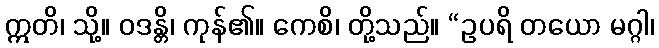
ဣတိ၊ သို့။ ဝဒန္တိ၊ ကုန်၏။ ကေစိ၊ တို့သည်။ “ဥပရိ တယော မဂ္ဂါ၊